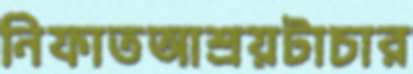
নিফাতআশ্রয়টাচার